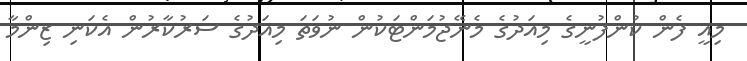
މިއީ ފެން ކުންފުނީގެ މިއަދުގެ މެނޭޖުމަންޓަކުން ނުވަތަ މިއަދުގެ ސަރުކާރުން އެކަނި ޒިންމާ